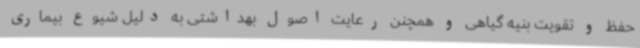
حفظ و تقویت بنیه گیاهی و همچنن رعایت اصول بهداشتی به دلیل شیوع بیماری